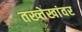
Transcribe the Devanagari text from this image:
तख्त्तेखांवर